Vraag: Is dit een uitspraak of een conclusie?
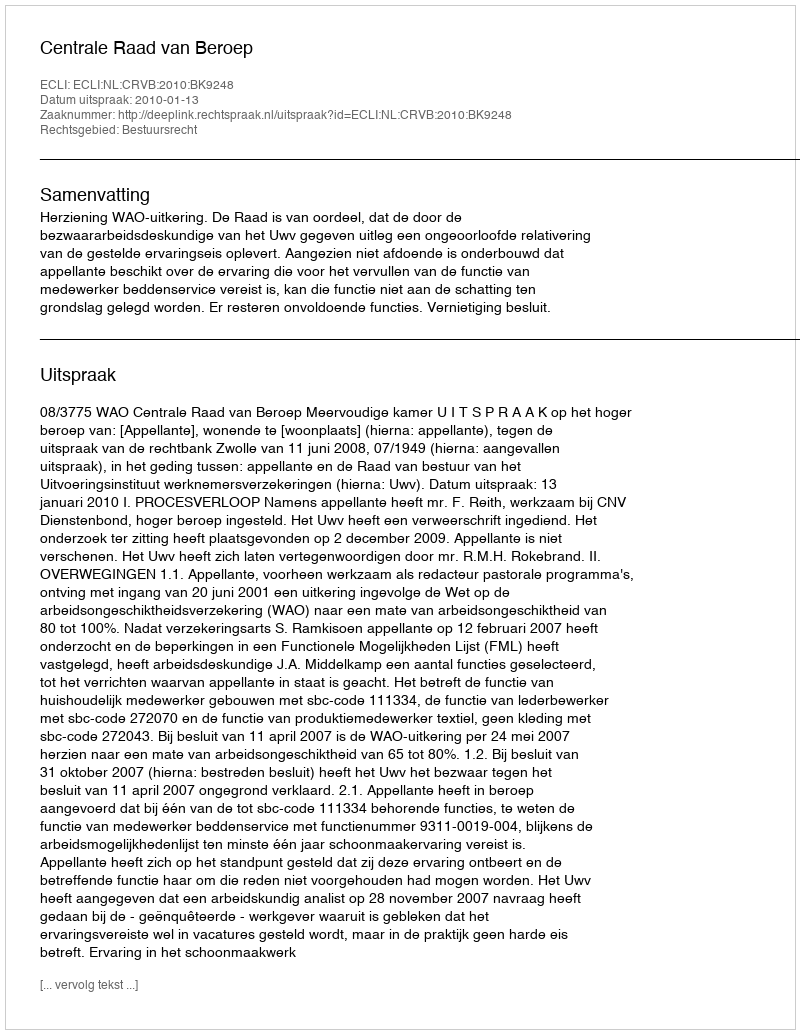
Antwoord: Uitspraak